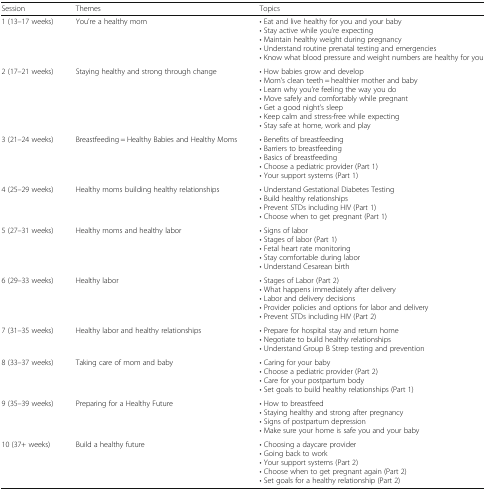
| Session | Themes | Topics |
 | --- | --- | --- |
 | 1 (13–17 weeks) | You’re a healthy mom | • Eat and live healthy for you and your baby• Stay active while you’re expecting• Maintain healthy weight during pregnancy• Understand routine prenatal testing and emergencies• Know what blood pressure and weight numbers are healthy for you |
 | 2 (17–21 weeks) | Staying healthy and strong through change | • How babies grow and develop• Mom’s clean teeth = healthier mother and baby• Learn why you’re feeling the way you do• Move safely and comfortably while pregnant• Get a good night’s sleep• Keep calm and stress-free while expecting• Stay safe at home, work and play |
 | 3 (21–24 weeks) | Breastfeeding = Healthy Babies and Healthy Moms | • Benefits of breastfeeding• Barriers to breastfeeding• Basics of breastfeeding• Choose a pediatric provider (Part 1)• Your support systems (Part 1) |
 | 4 (25–29 weeks) | Healthy moms building healthy relationships | • Understand Gestational Diabetes Testing• Build healthy relationships• Prevent STDs including HIV (Part 1)• Choose when to get pregnant (Part 1) |
 | 5 (27–31 weeks) | Healthy moms and healthy labor | • Signs of labor• Stages of labor (Part 1)• Fetal heart rate monitoring• Stay comfortable during labor• Understand Cesarean birth |
 | 6 (29–33 weeks) | Healthy labor | • Stages of Labor (Part 2)• What happens immediately after delivery• Labor and delivery decisions• Provider policies and options for labor and delivery• Prevent STDs including HIV (Part 2) |
 | 7 (31–35 weeks) | Healthy labor and healthy relationships | • Prepare for hospital stay and return home• Negotiate to build healthy relationships• Understand Group B Strep testing and prevention |
 | 8 (33–37 weeks) | Taking care of mom and baby | • Caring for your baby• Choose a pediatric provider (Part 2)• Care for your postpartum body• Set goals to build healthy relationships (Part 1) |
 | 9 (35–39 weeks) | Preparing for a Healthy Future | • How to breastfeed• Staying healthy and strong after pregnancy• Signs of postpartum depression• Make sure your home is safe you and your baby |
 | 10 (37+ weeks) | Build a healthy future | • Choosing a daycare provider• Going back to work• Your support systems (Part 2)• Choose when to get pregnant again (Part 2)• Set goals for a healthy relationship (Part 2) |